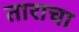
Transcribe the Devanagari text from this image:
ताराचा